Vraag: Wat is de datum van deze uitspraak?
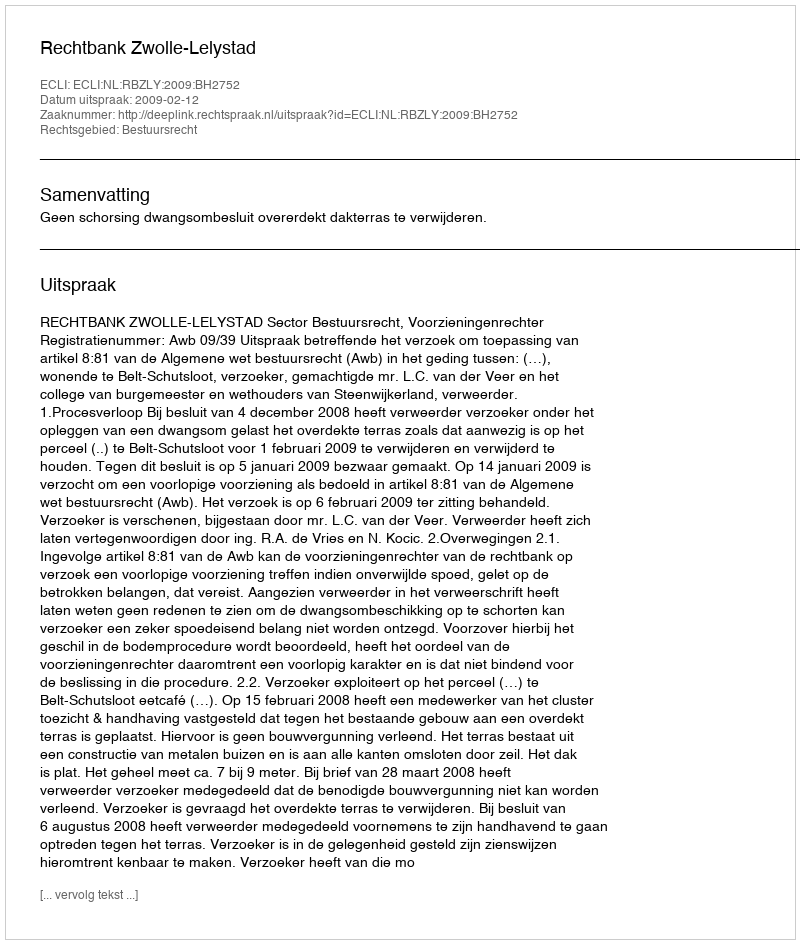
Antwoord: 2009-02-12